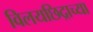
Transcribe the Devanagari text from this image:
विलयछिद्राच्या